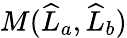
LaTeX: M(\widehat{L}_{a},\widehat{L}_{b})